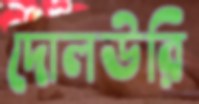
দোলউরি